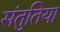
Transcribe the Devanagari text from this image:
संतुतिया